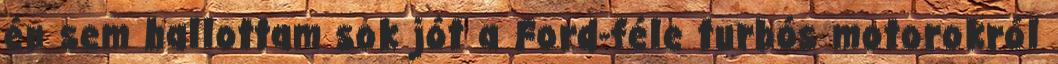
én sem hallottam sok jót a Ford-féle turbós motorokról